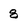
Character: 8